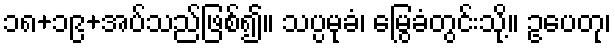
၁၈+၁၉+အပ်သည်ဖြစ်၍။ သပ္ပမုခံ၊ မြွေခံတွင်းသို့။ ဥပေတု၊